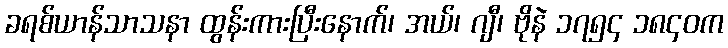
ခရစ်ယာန်သာသနာ ထွန်းကားပြီးနောက်၊ အယ်၊ ဂျီ၊ ဗိုနဲ ၁၇၅၄ ၁၈၄၀က